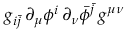
g _ { i \bar { j } } \, \partial _ { \mu } \phi ^ { i } \, \partial _ { \nu } \bar { \phi } ^ { \bar { j } } \, g ^ { \mu \nu } \,